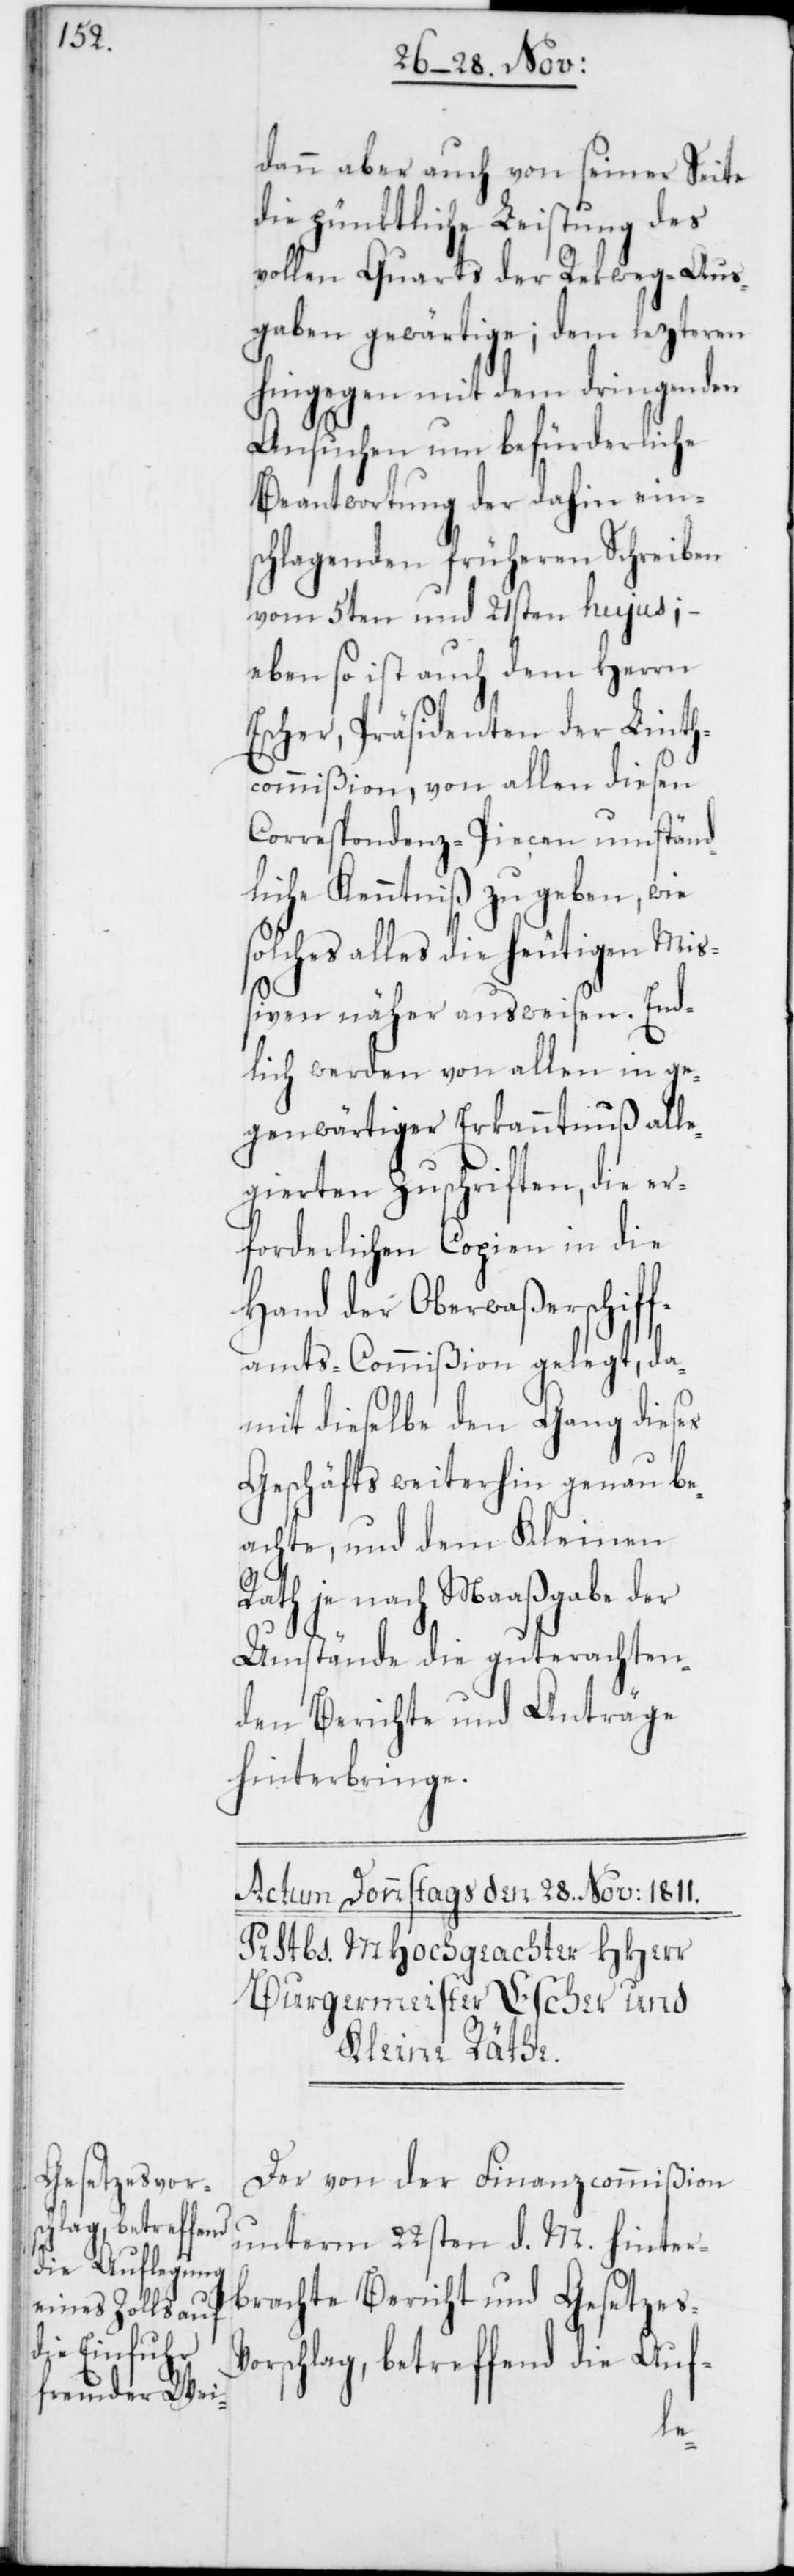
dann aber auch von seiner Seite
die pünktliche Leistung des
vollen Quarts der Rekweg-Aus¬
gaben gewärtige; dem lezteren
hingegen mit dem dringenden
Ansuchen um befürderliche
Beantwortung der dahin ein¬
schlagenden früheren Schreiben
vom 5ten und 21sten hujus; –
eben so ist auch dem Herrn
Escher, Präsidenten der Linth¬
commißion, von allen diesen
Correspondenz-Piecen umständ¬
liche Kenntniß zu geben, wie
solches alles die heutigen Mi¬
ßiven näher ausweisen. End¬
lich werden von allen in ge¬
genwärtiger Erkanntnuß all¬
egierten Zuschriften, die er¬
forderlichen Copien in die
Hand der Oberwaßerschiff¬
amts-Commißion gelegt, da¬
mit dieselbe den Gang dieses
Geschäfts weiterhin genau be¬
achte, und dem Kleinen
Rath je nach Maaßgabe der
Umstände die guterachten¬
den Berichte und Anträge
hinterbringe.
Der von der Finanzcommißion
unterm 22sten d. M. hinter¬
brachte Bericht und Gesetzes¬
vorschlag, betreffend die Auf-